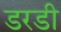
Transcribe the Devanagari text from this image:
डरडी